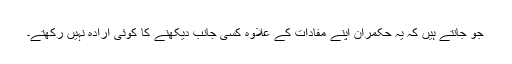
جو جانتے ہیں کہ یہ حکمران اپنے مفادات کے علاوہ کسی جانب دیکھنے کا کوئی ارادہ نہیں رکھتے۔